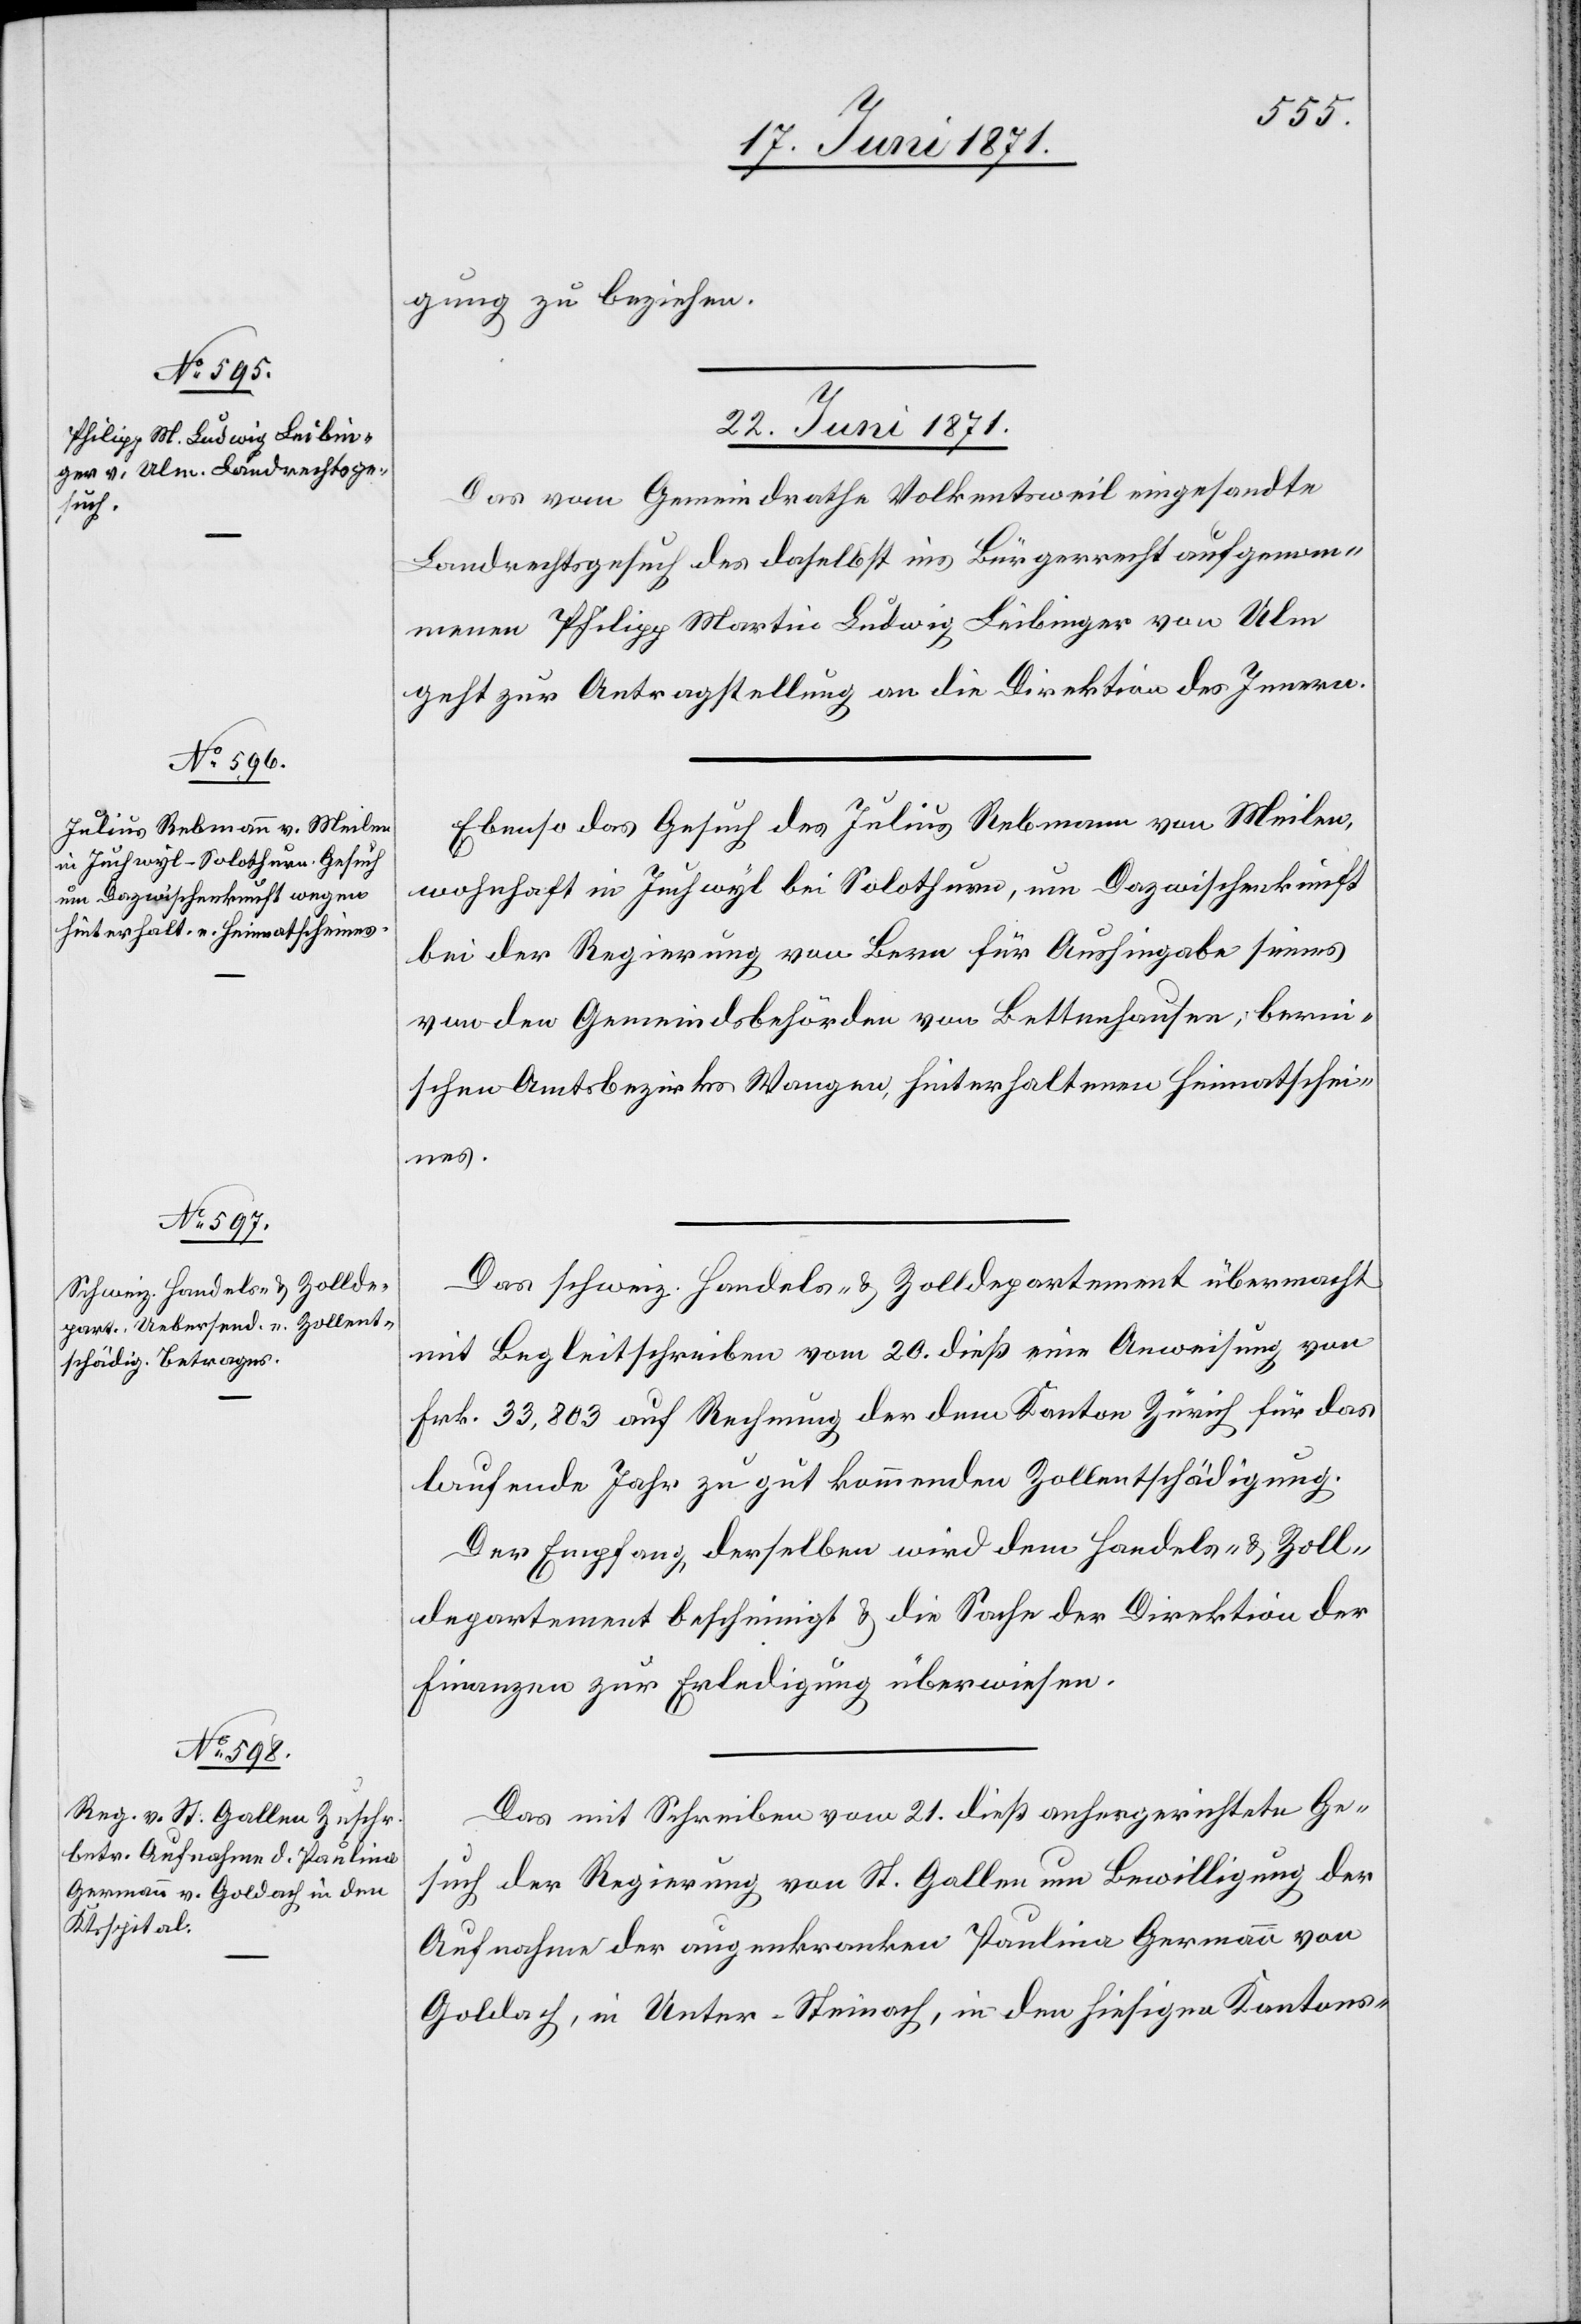
gung zu beziehen.
22. Juni 1871.]
Das vom Gemeindrathe Volkentsweil eingesandte
Landrechtsgesuch des daselbst ins Bürgerrecht aufgenom¬
menen Philipp Martin Ludwig Leibinger von Ulm
geht zur Antragstellung an die Direktion des Innern.
Ebenso das Gesuch des Julius Rebmann von Meilen,
wohnhaft in Juchwyl bei Solothurn, um Dazwischenkunft
bei der Regierung von Bern für Aushingabe seines
von den Gemeindsbehörden von Bettenhausen, berni¬
schen Amtsbezirks Wangen, hinterhaltenen Heimatschei¬
nes.
Das schweiz. Handels- u. Zolldepartement übermacht
mit Begleitschreiben vom 20. dieß eine Anweisung von
Frk. 33,803 auf Rechnung der dem Kanton Zürich für das
laufende Jahr zu gut kommenden Zollentschädigung.
Der Empfang derselben wird dem Handels- u. Zoll¬
departement bescheinigt u. die Sache der Direktion der
Finanzen zur Erledigung überwiesen.
Das mit Schreiben vom 21. dieß anhergerichtete Ge¬
such der Regierung von St. Gallen um Bewilligung der
Aufnahme der augenkranken Paulina Germann von
Goldach, in Unter-Steinach, in den hiesigen Kantons-